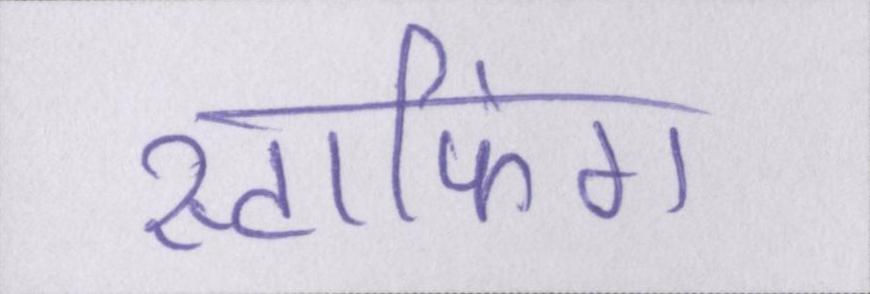
स्टाफिंग